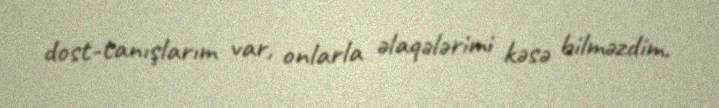
dost-tanışlarım var, onlarla əlaqələrimi kəsə bilməzdim.